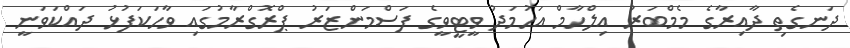
ދަނގެތި ދާއިރާގެ މެމްބަރު އިލްހާމް އަހުމަދު ވީޓީވީގެ ފަސްމަންޒަރު ޕްރޮގްރާމުގައި ވާހަކަފުޅު ދައްކަވަނީ